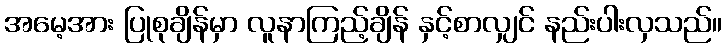
အမေ့အား ပြုစုချိန်မှာ လူနာကြည့်ချိန် နှင့်စာလျှင် နည်းပါးလှသည်။